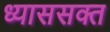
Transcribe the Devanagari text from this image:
ध्याससक्त